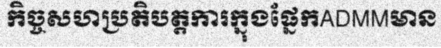
កិច្ចសហប្រតិបត្តការក្នុងផ្នែកADMMមាន